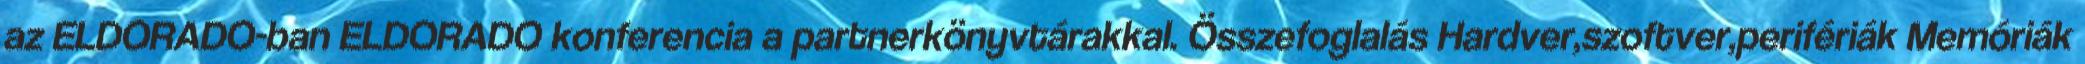
az ELDORADO-ban ELDORADO konferencia a partnerkönyvtárakkal. Összefoglalás Hardver,szoftver,perifériák Memóriák